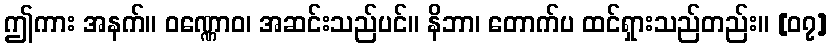
ဤကား အနက်။ ဝဏ္ဏောဝ၊ အဆင်းသည်ပင်။ နိဘာ၊ တောက်ပ ထင်ရှားသည်တည်း။ [၀၇]